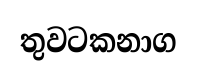
තුවටකනාග